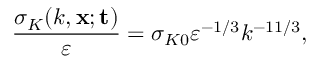
\frac { \sigma _ { K } ( k , { \bf { x } ; t } ) } { \varepsilon } = \sigma _ { K 0 } \varepsilon ^ { - 1 / 3 } k ^ { - 1 1 / 3 } ,